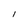
Character: l